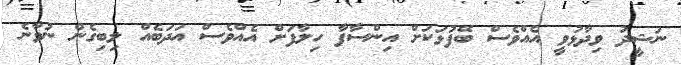
ނަޝީދު ވިދާޅުވީ އެއްވެސް ބޭފުޅަކަށް އިންސާފާ ހިލާފަށް އެއްވެސް އަދަބެއް ލިބިގެން ނުވާނެ